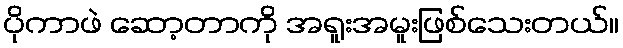
ပိုကာဖဲ ဆော့တာကို အရူးအမူးဖြစ်သေးတယ်။